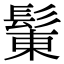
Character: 𩭩